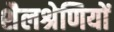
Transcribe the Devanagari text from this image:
शैलश्रेणियों